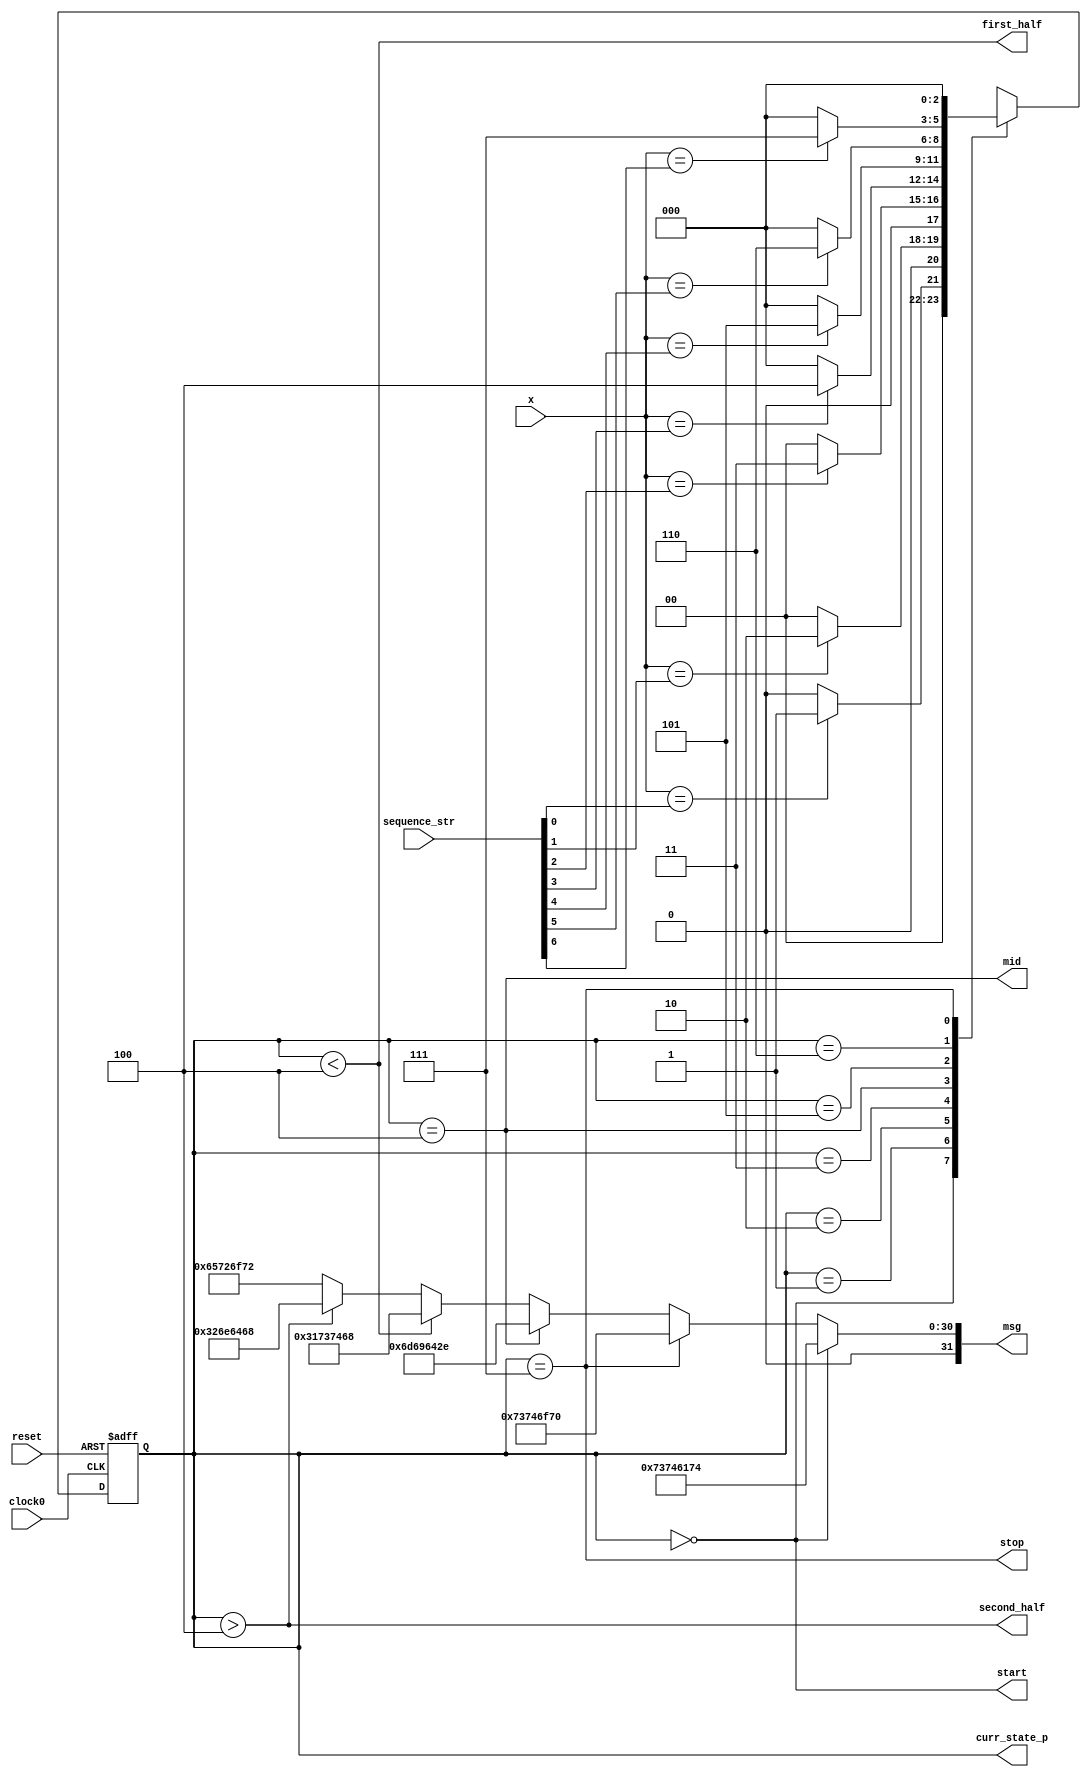
// This program was cloned from: https://github.com/tangxifan/micro_benchmark
// License: MIT License

//-----------------------------------------------------
// Design Name : A Scalable FSM with 2^STATE_BITS states
// Function    : A behavorial model of scalable FSM
//             : to detect SEQ_STR sequence
//
// Coder       : Usman Ali
//-----------------------------------------------------

module scalable_seq_detector  #(
  parameter STATE_BITS = 3
)
(
  input wire clock0,
  input wire reset,
  input wire x,
  input wire [2**STATE_BITS-1:0] sequence_str,
  output wire   [STATE_BITS-1:0] curr_state_p,
  output wire start, mid, stop, first_half, second_half,
  output wire [31:0] msg
);
// initializations
  wire [STATE_BITS-1:0]   next_state  [2**STATE_BITS-1:0];
  wire [STATE_BITS-1:0]   final_next_state;
  reg  [STATE_BITS-1:0]   curr_state;
  assign curr_state_p = curr_state;
  genvar i;

// state transitions
  always@(posedge clock0, posedge reset) begin
      if(reset)
          curr_state <= 0; // reset state
      else
          curr_state <= final_next_state;
  end

// next states logic
  generate
    for(i=0; i<2**STATE_BITS; i=i+1)
      assign next_state[i] = (x==sequence_str[i] && i!=2**STATE_BITS-1)? (i+1): 0;
  endgenerate
  assign final_next_state = next_state[curr_state];

// ouput logics
  assign start= (curr_state == 0);
  assign stop = (curr_state == (2**STATE_BITS-1));
  assign mid  = (curr_state == ((2**STATE_BITS)>>1));
  assign first_half  = (curr_state < ((2**STATE_BITS)>>1));
  assign second_half = (curr_state > ((2**STATE_BITS)>>1));
  assign msg  = start?       {8'd115,8'd116,8'd097,8'd116} // ascii for start
              : stop?        {8'd115,8'd116,8'd111,8'd112} // ascii for stop
              : mid?         {8'd109,8'd105,8'd100,8'd046} // ascii for mid.
              : first_half?  {8'd049,8'd115,8'd116,8'd104} // ascii for 1sth
              : second_half? {8'd050,8'd110,8'd100,8'd104} // ascii for 2ndh
              :              {8'd101,8'd114,8'd111,8'd114};// ascii for eror

`ifdef COCOTB_SIM
initial begin
  $dumpfile ("waves.vcd");
  $dumpvars (0, scalable_seq_detector);
  #1;
end
`endif

endmodule